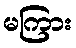
မကြား